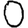
Digit: 0